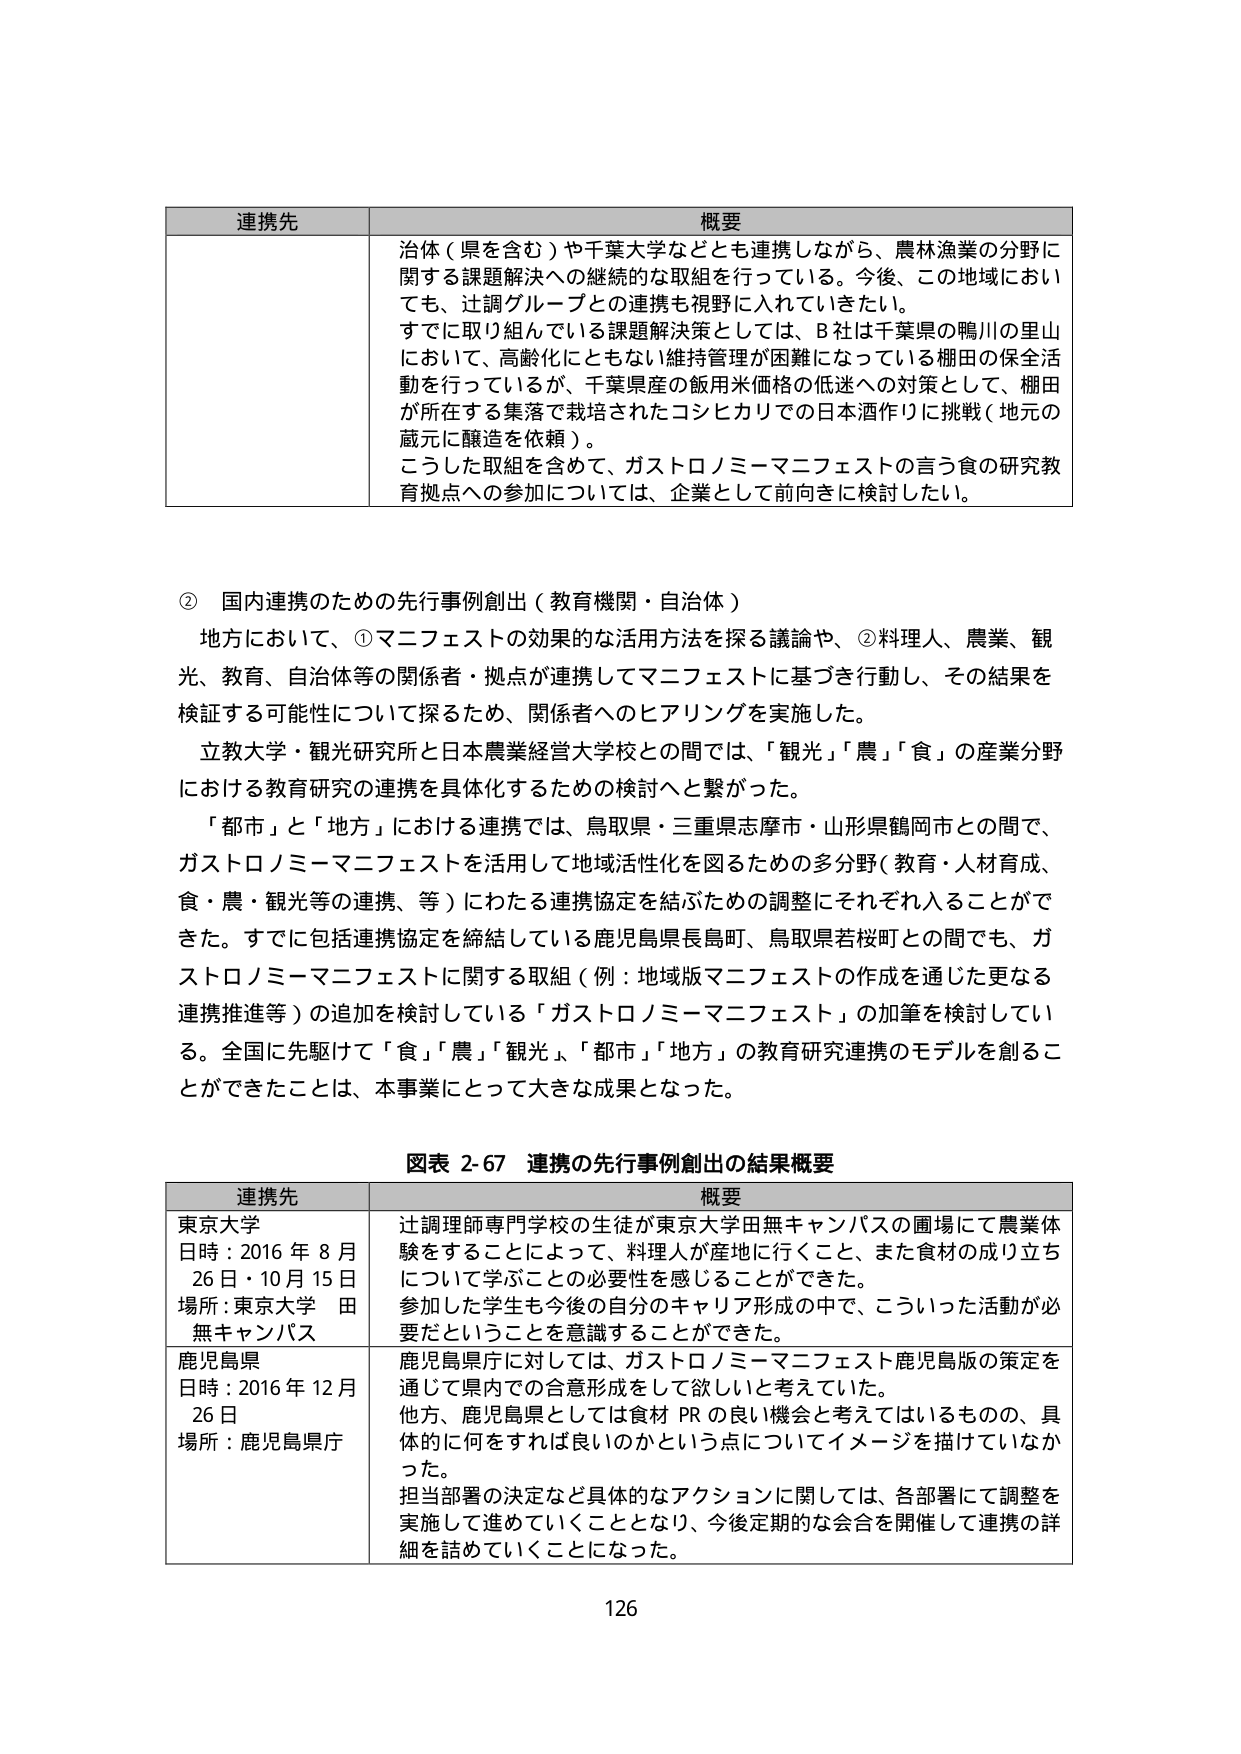
連携先 概要
治体（県を含む）や千葉大学などとも連携しながら、農林漁業の分野に関する課題解決への継続的な取組を行っている。今後、この地域においても、辻調グループとの連携も視野に入れていきたい。
すでに取り組んでいる課題解決策としては、B社は千葉県の鴨川の里山において、高齢化にともない維持管理が困難になっている棚田の保全活動を行っているが、千葉県産の飯用米価格の低迷への対策として、棚田が所在する集落で栽培されたコシヒカリでの日本酒作りに挑戦（地元の蔵元に醸造を依頼）。
こうした取組を含めて、ガストロノミーマニフェストの言う食の研究教育拠点への参加については、企業として前向きに検討したい。

② 国内連携のための先行事例創出（教育機関・自治体）
地方において、①マニフェストの効果的な活用方法を探る議論や、②料理人、農業、観光、教育、自治体等の関係者・拠点が連携してマニフェストに基づき行動し、その結果を検証する可能性について探るため、関係者へのヒアリングを実施した。
立教大学・観光研究所と日本農業経営大学校との間では、「観光」「農」「食」の産業分野における教育研究の連携を具体化するための検討へと繋がった。
「都市」と「地方」における連携では、鳥取県・三重県志摩市・山形県鶴岡市との間で、ガストロノミーマニフェストを活用して地域活性化を図るための多分野（教育・人材育成、食・農・観光等の連携、等）にわたる連携協定を結ぶための調整にそれぞれ入ることができた。すでに包括連携協定を締結している鹿児島県長島町、鳥取県若桜町との間でも、ガストロノミーマニフェストに関する取組（例：地域版マニフェストの作成を通じた更なる連携推進等）の追加を検討している「ガストロノミーマニフェスト」の加筆を検討している。全国に先駆けて「食」「農」「観光」「都市」「地方」の教育研究連携のモデルを創ることができたことは、本事業にとって大きな成果となった。

図表 2-67 連携の先行事例創出の結果概要
連携先 概要
東京大学 日時：2016年8月26日・10月15日 場所：東京大学 田無キャンパス 辻調理師専門学校の生徒が東京大学田無キャンパスの圃場にて農業体験をすることによって、料理人が産地に行くこと、また食材の成り立ちについて学ぶことの必要性を感じることができた。参加した学生も今後の自分のキャリア形成の中で、こういった活動が必要だということを意識することができた。
鹿児島県 日時：2016年12月26日 場所：鹿児島県庁 鹿児島県庁に対しては、ガストロノミーマニフェスト鹿児島版の策定を通じて県内での合意形成をして欲しいと考えていた。他方、鹿児島県としては食材PRの良い機会と考えてはいるものの、具体的に何をすれば良いのかという点についてイメージを描けていなかった。担当部署の決定など具体的なアクションに関しては、各部署にて調整を実施して進めていくこととなり、今後定期的な会合を開催して連携の詳細を詰めていくことになった。

126